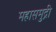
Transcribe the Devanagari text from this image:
महासमुद्री